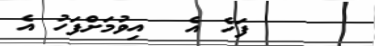
ފަހެ އެ  އިވުމަށްފަހު އެ